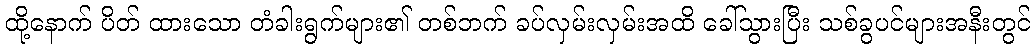
ထို့နောက် ပိတ် ထားသော တံခါးရွက်များ၏ တစ်ဘက် ခပ်လှမ်းလှမ်းအထိ ခေါ်သွားပြီး သစ်ခွပင်များအနီးတွင်